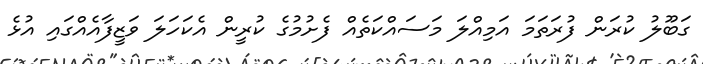
ގަބޫލު ކުރަން ފުރަތަމަ އަމިއްލަ މަސައްކަތެއް ފެށުމުގެ ކުރީން އެކަހަލަ ވަޒީފާއެއްގައި އުޅެ